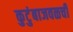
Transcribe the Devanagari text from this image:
कुटुंबाजवळची